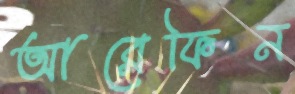
আরেফিন